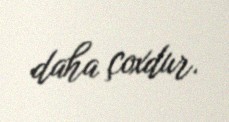
daha çoxdur.